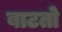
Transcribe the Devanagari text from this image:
बाटतो